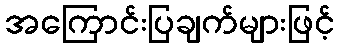
အကြောင်းပြချက်များဖြင့်